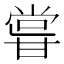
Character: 𭺮